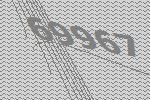
69967